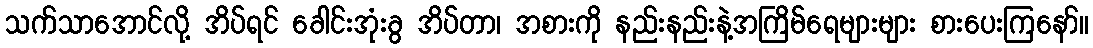
သက်သာအောင်လို့ အိပ်ရင် ခေါင်းအုံးခွ အိပ်တာ၊ အစားကို နည်းနည်းနဲ့အကြိမ်ရေများများ စားပေးကြနော်။